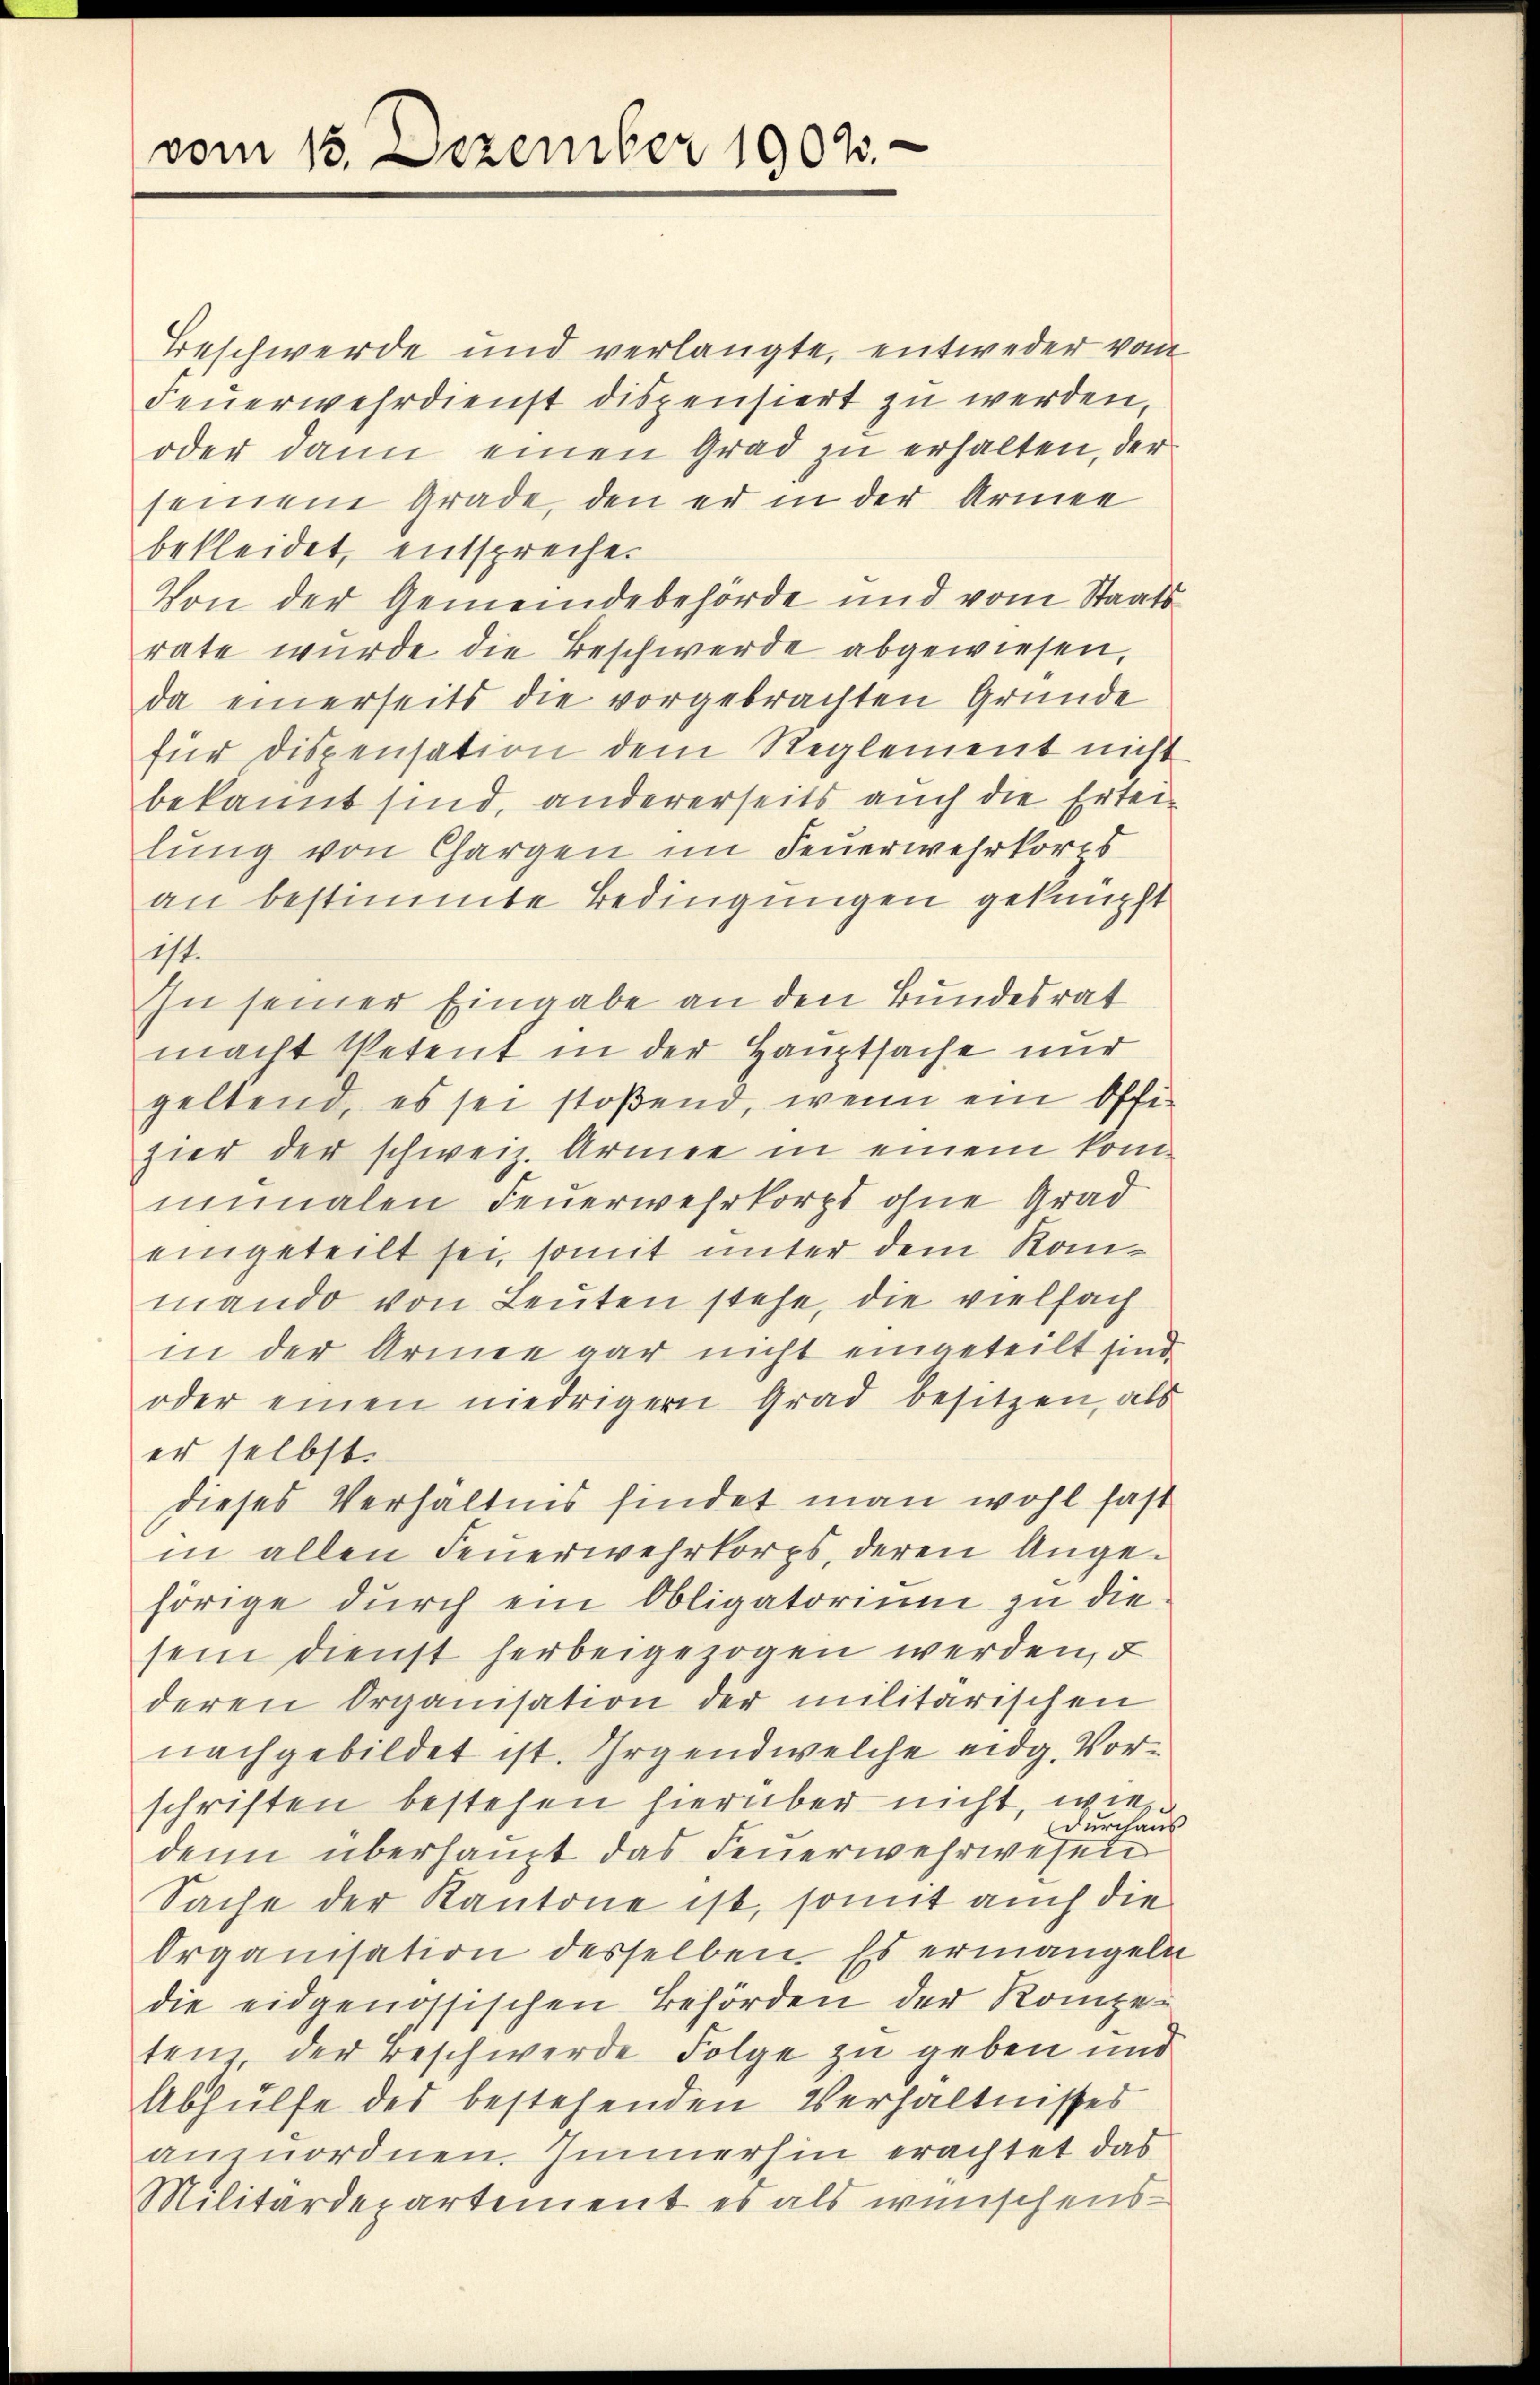
vom 15. Dezember 1907.

Beschwerde und verlangte, entweder vom
Feuerwehrdienst dispensiert zu werden,
oder dann einen Grad zu erhalten, der
seinem Grade, den er in der Armen
bekleidet, entspreche.
Von der Gemeindebehörde und vom Staatsrate wurde die Beschwerde abgewiesen,
da einerseits die vorgebrachten Gründe
für dispensation dem Reglement nicht
bekannt sind, andererseits auch die Erteilŭng von Chargen im Feuerwehrkores
an bestimmte Bedingungen geknüpft
ist.
In seiner Eingabe an den Bundesrat
macht Petent in der Hauptsache nur
geltend, es sei stoßend, wenn ein Offi-
hier der schweiz. Armee in einem konnimalen Feŭerwehrkorpt ohne Grad
eingeteilt sei, somit unter dem Konmando von Leuten stehe, die vielfach
in der Armee gar nicht eingeteilt sind.
oder einen niedrigern Grad besitzen, als
er selbst.
dieses Verhältnis findet man wohl fast
in allen Feuerwehrkorps, deren Angehörige durch ein Obligatorium zu die
sein dienst herbeigezogen werden, d
deren Organisation der militarischen
nachgebildet ist. Irgendwelche eidg. Vorschriften bestehen hierüber nicht, wie
durchaus
denn überhaupt das Feŭerwehrwesen
Sache der Kantone ist, somit auch die
Organisation desselben. Es ermangeln
die eidgenössischen Behörden der Kompetem der Beschwerde Folge zu geben und
Abhülfe des bestehenden Verhältnisses
anzuordnen. Immerhin erachtet das
Militärdepartement es als wünschens